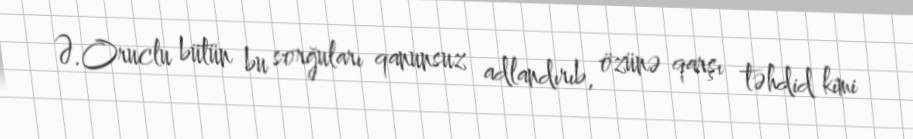
Ə.Oruclu bütün bu sorğuları qanunsuz adlandırıb, özünə qarşı təhdid kimi